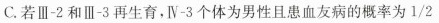
C.若Ⅲ-2和Ⅲ-3再生育，Ⅳ-3个体为男性且患血友病的概率为\frac{1}{2}